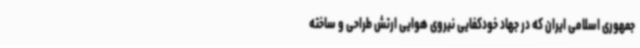
جمهوری اسلامی ایران که در جهاد خودکفایی نیروی هوایی ارتش طراحی و ساخته